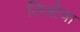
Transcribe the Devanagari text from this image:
लिओचा